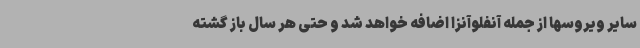
سایر ویروسها از جمله آنفلوآنزا اضافه خواهد شد و حتی هر سال باز گشته